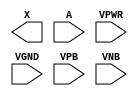
module sky130_fd_sc_lp__clkdlybuf4s18 (
    X   ,
    A   ,
    VPWR,
    VGND,
    VPB ,
    VNB
);

    output X   ;
    input  A   ;
    input  VPWR;
    input  VGND;
    input  VPB ;
    input  VNB ;
endmodule